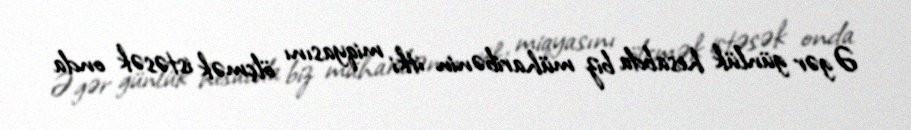
Əgər günlük hesabda biz müharibənin itki miqyasını ölçmək istəsək onda